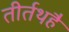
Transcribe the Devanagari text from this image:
तीर्तथहै